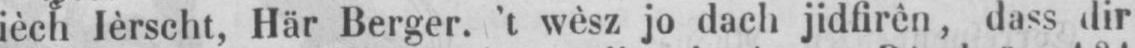
ièch lèrscht, Här Berger. ’t wèsz jo dach jidfirên, dass dir